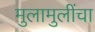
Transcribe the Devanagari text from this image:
मुलामुलींचा